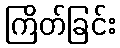
ကြိတ်ခြင်း